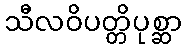
သီလဝိပတ္တိပုစ္ဆာ